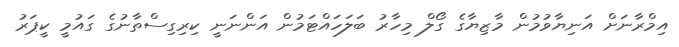
އިމްރާނަށް އަނިޔާވުމުން މާޒިޔާގެ ގޯލް މިހާރު ބަލަހައްޓަމުން އަންނަނީ ކިރިގިސްތާނުގެ ގައުމީ ކީޕަރު